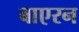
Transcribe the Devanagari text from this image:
बाएरन